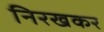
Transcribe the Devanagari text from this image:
निरखकर